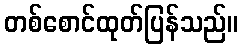
တစ်စောင်ထုတ်ပြန်သည်။